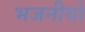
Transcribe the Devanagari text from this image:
भजनीयो